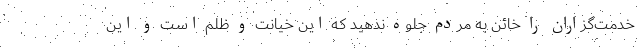
خدمت‌گزاران را خائن به مردم جلوه ندهید که این خیانت و ظلم است و این